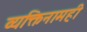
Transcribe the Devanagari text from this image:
व्यक्तिनामही